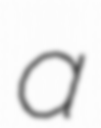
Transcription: a